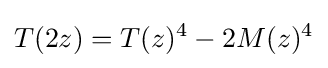
T(2z)=T(z)^{4}-2M(z)^{4}